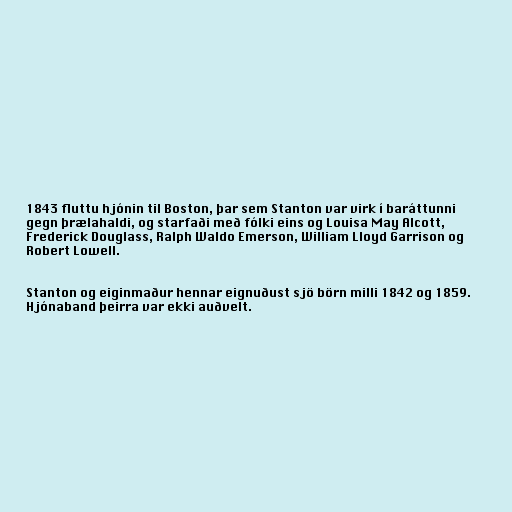
1843 fluttu hjónin til Boston, þar sem Stanton var virk í baráttunni
gegn þrælahaldi, og starfaði með fólki eins og Louisa May Alcott,
Frederick Douglass, Ralph Waldo Emerson, William Lloyd Garrison og
Robert Lowell.

Stanton og eiginmaður hennar eignuðust sjö börn milli 1842 og 1859.
Hjónaband þeirra var ekki auðvelt.